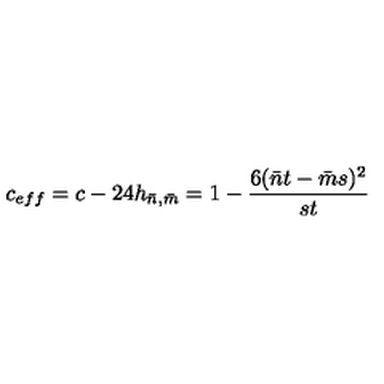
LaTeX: c _ { e f f } = c - 2 4 h _ { \bar { n } , \bar { m } } = 1 - \frac { 6 ( \bar { n } t - \bar { m } s ) ^ { 2 } } { s t }